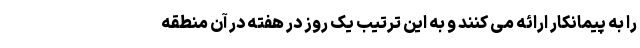
را به پیمانکار ارائه می کنند و به این ترتیب یک روز در هفته در آن منطقه